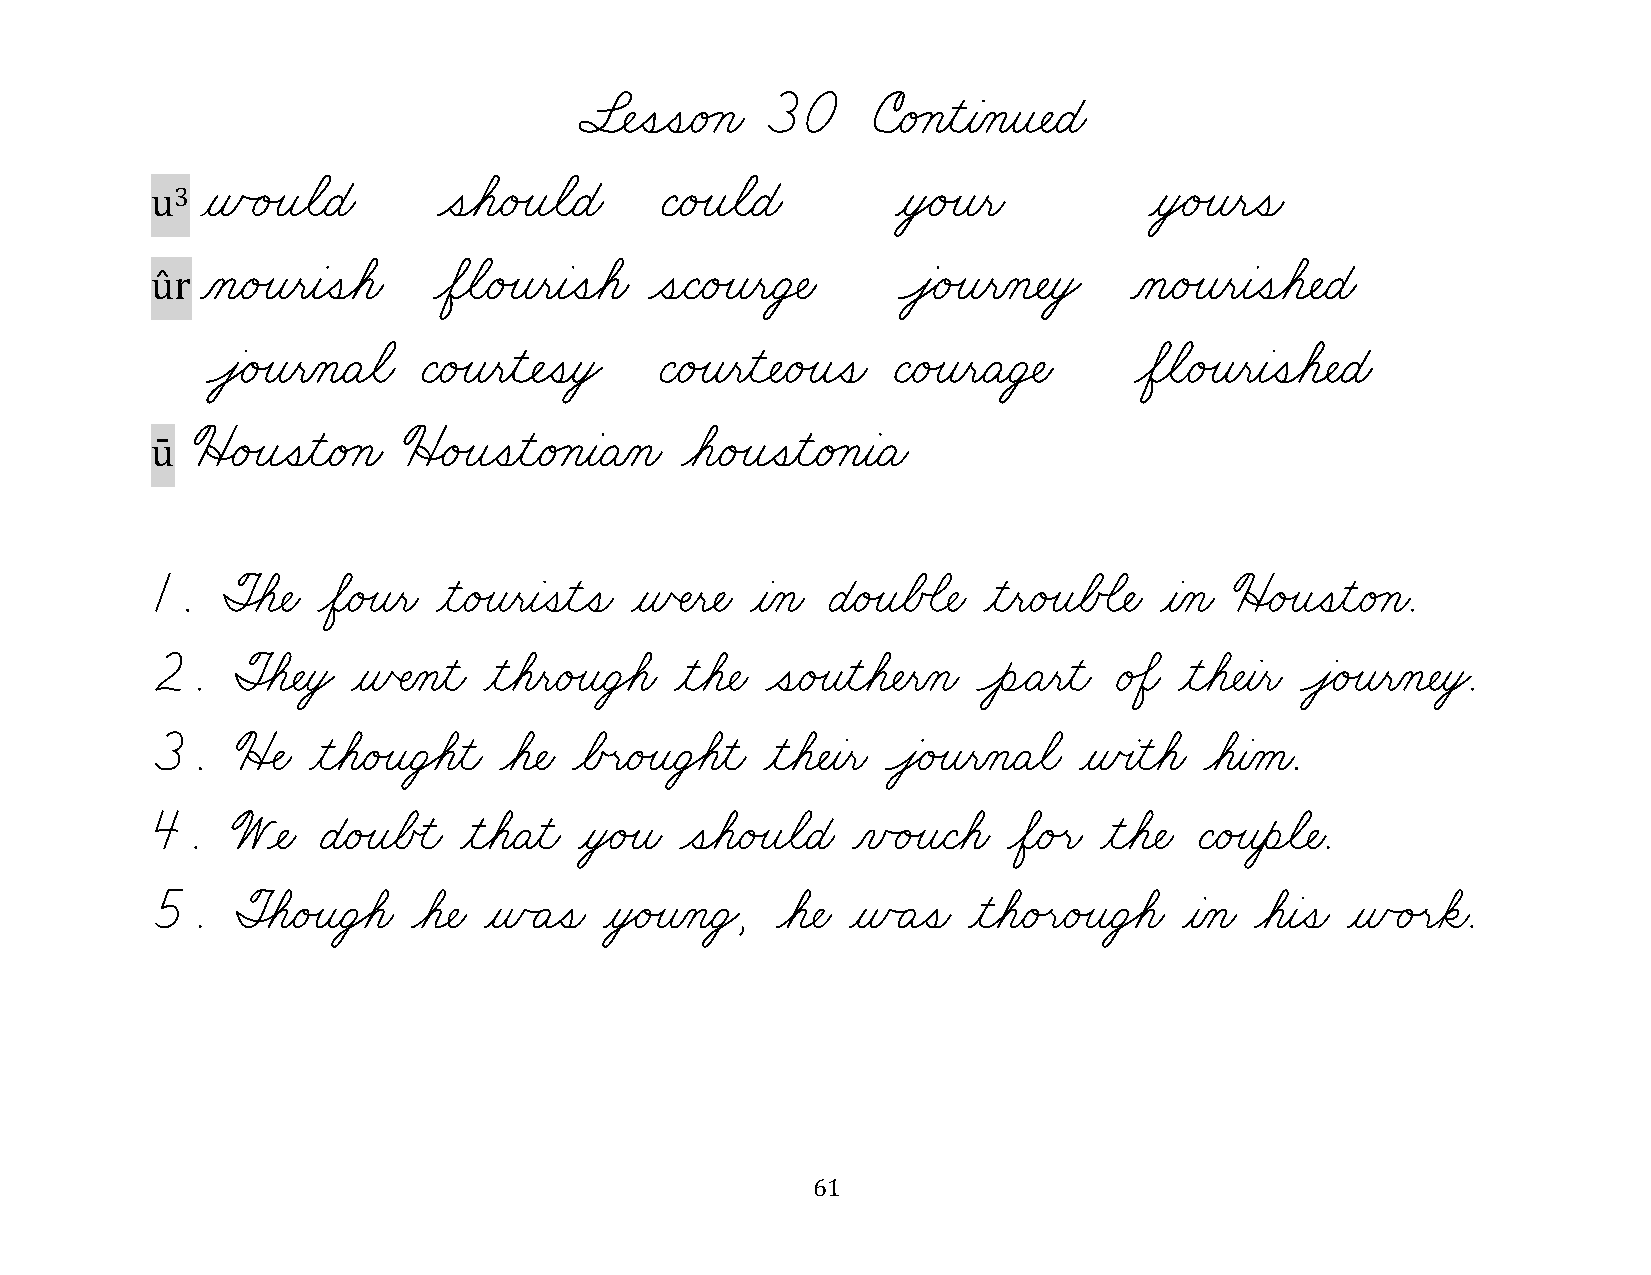
§¬ÑˆíˆíæéÁçæ 30     úæéÁçƒìƒàÀçƒî¬ÑæÉæ
 ñÃéÙîøãæÉæ     ˆíøáæéÙîøãæÉæ ÇæéÙîøãæÉæ      ƒòŸéÙîƒëæ        ƒòŸéÙîƒëˆíæ
 u3 ƒ
 ÀçæéÙîƒëƒàˆíøáæ øÖøãæéÙîƒëƒàˆíøáæ ˆíæÇæéÙîƒëæÜ‡Ñæ ÔâŸéÙîƒëÀç¬ÑƒòŸ ÀçæéÙîƒëƒàˆíøá¬ÑæÉæ
 ûr
 ÔâŸéÙîƒëÀçæÄøãæ ÇæéÙîƒëƒì¬ÑˆíƒòŸ ÇæéÙîƒëƒì¬ÑæéÙîˆíæ ÇæéÙîƒëæÄæÜ‡Ñæ øÖøãæéÙîƒëƒàˆíøá¬ÑæÉæ
 üËéÙîˆíƒìæéÁçæ üËéÙîˆíƒìæéÁçƒàæÄÀçæ øáæéÙîˆíƒìæéÁçƒàæÄæ
 ū
 1.   ØÈá¬Ñæ øÖæéÙîƒëæ ƒìæéÙîƒëƒàˆíƒìˆíæ ƒñŒÑƒë¬Ñæ ƒàÀçæ ÉæéÙîøÅÕã¬Ñæ ƒìƒëæéÙîøÅÕã¬Ñæ ƒàÀçæ üËéÙîˆíƒìæéÁçæ.
 2.   ØÈá¬ÑƒòŸ ƒñŒÑÀçƒìæ ƒìøáƒëæéÙîæÜ€áæ ƒìøá¬Ñæ ˆíæéÙîƒìøá¬ÑƒëÀçæ ÔèÌÄƒëƒìæ é‰Öæ ƒìøá¬Ñƒàƒëæ ÔâŸéÙîƒëÀç¬ÑƒòŸ.
 3.    üÍÑæ ƒìøáæéÙîæÜ€áƒìæ øá¬Ñæ øÅœëæéÙîæÜ€áƒìæ ƒìøá¬Ñƒàƒëæ ÔâŸéÙîƒëÀçæÄøãæ ƒñœàƒìøáæ øáƒàÀåæ.
 4.   W¬Ñæ  ÉæéÙîøÅœìæ ƒìøáæÄƒìæ ƒòŸéÙîæ ˆíøáæéÙîøãæÉæ ÀïÃéÙîæÇøáæ øÖæéÙëæ ƒìøá¬Ñæ ÇæéÙîƒèøã¬Ñæ.
 5.    ØÈáæéÙîæÜ€áæ øá¬Ñæ ƒñÃÄˆíæ ƒòŸéÙîÀçæÜŸ, øá¬Ñæ ƒñÃÄˆíæ ƒìøáæéÙëæéÙîæÜ€áæ ƒàÀçæ øáƒàˆíæ ƒñÃéÙëøäæ.
 61